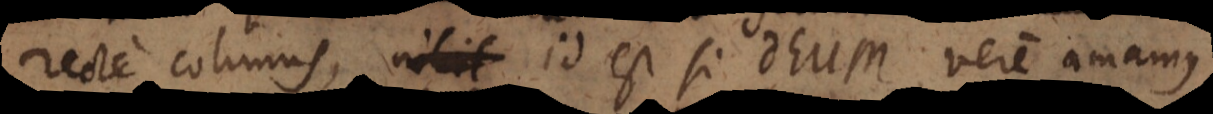
recte colimus, id est si Deum vere amamus,